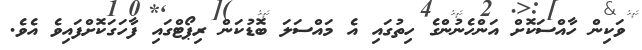
ވަކިން ހާއްސަކޮށް އަންހެނުންގެ ހިތުގައި އެ މައްސަލަ ބޮޑުކަން ރިޕޯޓްގައި ފާހަގަކޮށްފައިވެ އެވެ.